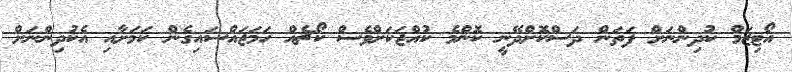
އޯޓިޒަމް ކުދިންނަށް ފަތަން ދަސްކޮށްދޭނީ ކޮންމެ ކުއްޖަކަށްވެސް ކޯޗެއް ހަމަޖައްސައިގެން ކަމަށާއި އެކުދިންނަށް